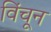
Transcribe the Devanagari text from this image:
विंचून